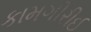
કામગીરીઈ